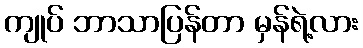
ကျုပ် ဘာသာပြန်တာ မှန်ရဲ့လား